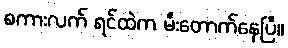
စကားလက် ရင်ထဲက မီးတောက်နေပြီ။